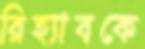
রিহ্যাবকে